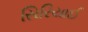
સિરિયાઈ